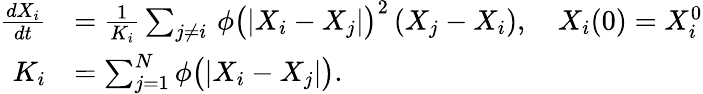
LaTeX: \begin{array}{rl}{\frac{dX_{i}}{dt}}&{=\frac{1}{K_{i}}\sum_{j\neq i}\, \phi\big(|X_{i}-X_{j}|\big)^{2}\, (X_{j}-X_{i}),\quad X_{i}(0)=X_{i}^{0}}\\ {K_{i}}&{=\sum_{j=1}^{N}\phi\big(|X_{i}-X_{j}|\big).}\end{array}